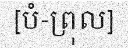
[បំ-ព្រុល]